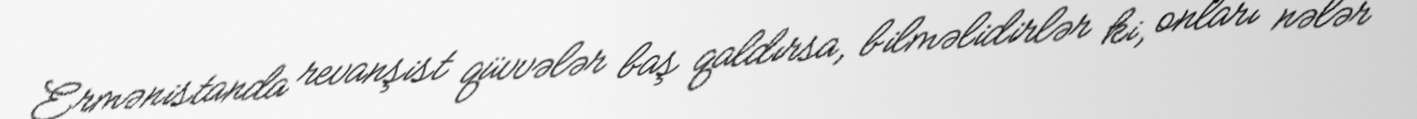
Ermənistanda revanşist qüvvələr baş qaldırsa, bilməlidirlər ki, onları nələr